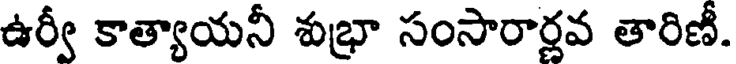
ఉర్వీ కాత్యాయనీ శుభ్రా సంసారార్లవ తారిణీ.